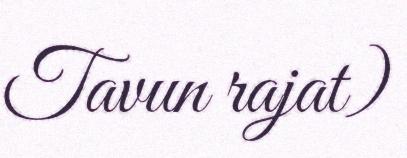
Tavun rajat)